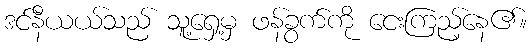
ဒင်နီယယ်သည် သူ့ရှေ့မှ ဖန်ခွက်ကို ငေးကြည့်နေ၏။